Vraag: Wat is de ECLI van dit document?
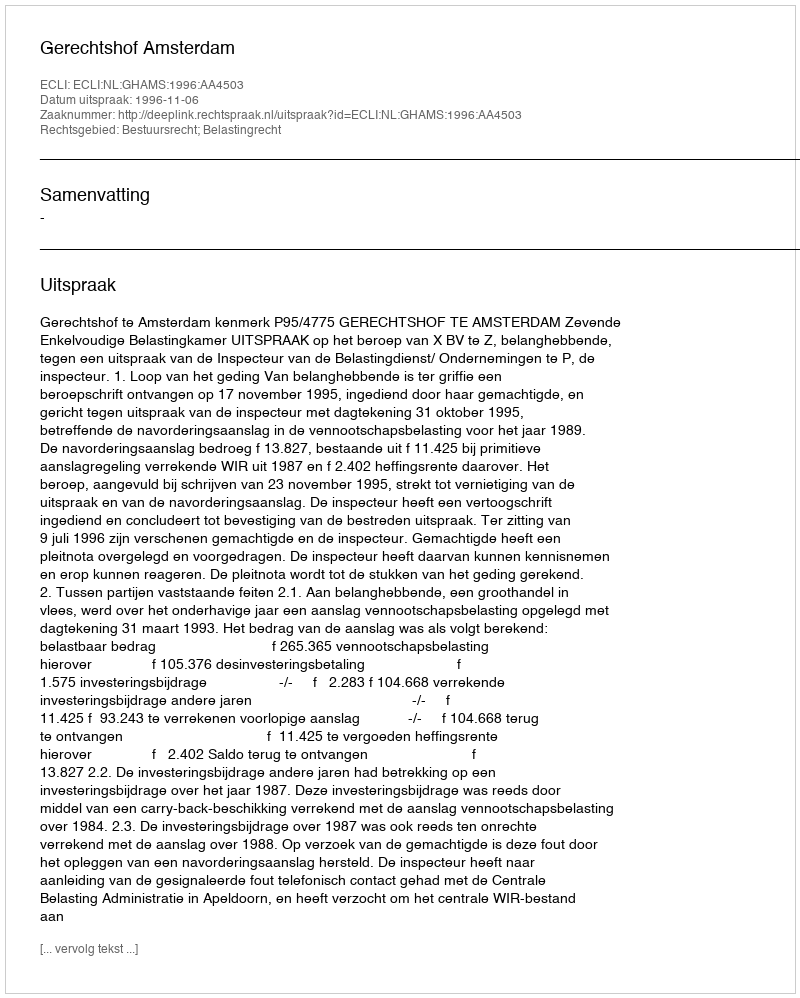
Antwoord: ECLI:NL:GHAMS:1996:AA4503